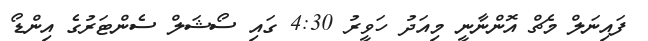
ފައިނަލް މެޗް އޮންނާނީ މިއަދު ހަވީރު 4:30 ގައި ސޯޝަލް ސެންޓަރުގެ އިންޑޯ